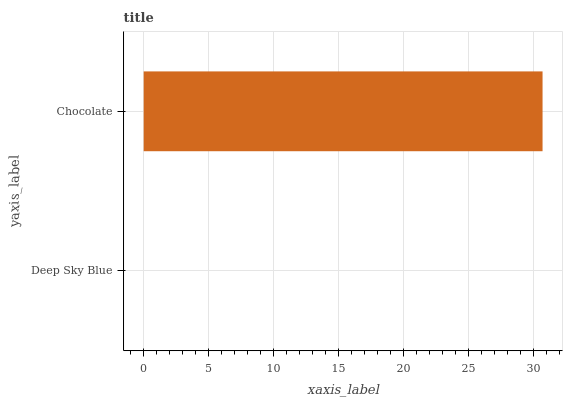
| yaxis_label | bars |
 | --- | --- |
 | Deep Sky Blue | 0 |
 | Chocolate | 30.7 |